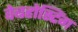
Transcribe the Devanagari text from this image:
वेबहोस्टिंग